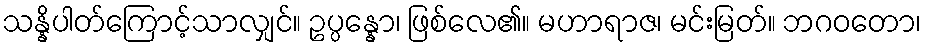
သန္နိပါတ်ကြောင့်သာလျှင်။ ဥပ္ပန္နော၊ ဖြစ်လေ၏။ မဟာရာဇ၊ မင်းမြတ်။ ဘဂဝတော၊